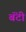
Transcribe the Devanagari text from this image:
बॅंटी